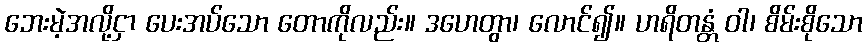
ဘေးမဲ့အလို့ငှာ ပေးအပ်သော တောကိုလည်း။ ဒဟေတွာ၊ လောင်၍။ ဟရိတန္တံ ဝါ၊ စိမ်းစိုသော